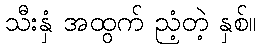
သီးနှံ အထွက် ညံ့တဲ့ နှစ်။